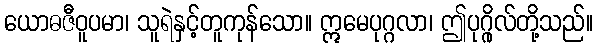
ယောဓဇီဝူပမာ၊ သူရဲနှင့်တူကုန်သော။ ဣမေပုဂ္ဂလာ၊ ဤပုဂ္ဂိုလ်တို့သည်။